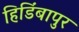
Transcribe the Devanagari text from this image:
हिडिंबापुर